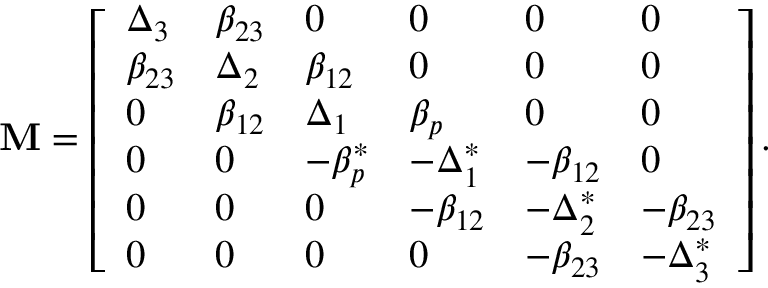
\mathbf { M } = \left[ \begin{array} { l l l l l l } { \Delta _ { 3 } } & { \beta _ { 2 3 } } & { 0 } & { 0 } & { 0 } & { 0 } \\ { \beta _ { 2 3 } } & { \Delta _ { 2 } } & { \beta _ { 1 2 } } & { 0 } & { 0 } & { 0 } \\ { 0 } & { \beta _ { 1 2 } } & { \Delta _ { 1 } } & { \beta _ { p } } & { 0 } & { 0 } \\ { 0 } & { 0 } & { - \beta _ { p } ^ { * } } & { - \Delta _ { 1 } ^ { * } } & { - \beta _ { 1 2 } } & { 0 } \\ { 0 } & { 0 } & { 0 } & { - \beta _ { 1 2 } } & { - \Delta _ { 2 } ^ { * } } & { - \beta _ { 2 3 } } \\ { 0 } & { 0 } & { 0 } & { 0 } & { - \beta _ { 2 3 } } & { - \Delta _ { 3 } ^ { * } } \end{array} \right] .